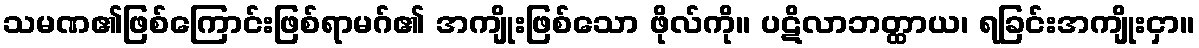
သမဏ၏ဖြစ်ကြောင်းဖြစ်ရာမဂ်၏ အကျိုးဖြစ်သော ဖိုလ်ကို။ ပဋိလာဘတ္ထာယ၊ ရခြင်းအကျိုးငှာ။